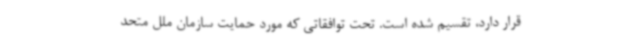
قرار دارد، تقسیم شده است. تحت توافقاتی که مورد حمایت سازمان ملل متحد